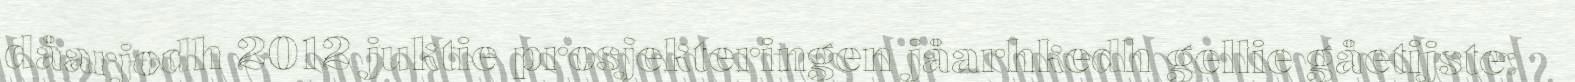
dåarjodh 2012 juktie prosjekteringen jåarhkedh gellie gåetijste: